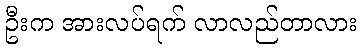
ဦးက အားလပ်ရက် လာလည်တာလား